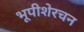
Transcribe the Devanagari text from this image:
भूपीशेरचन